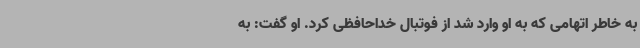
به خاطر اتهامی که به او وارد شد از فوتبال خداحافظی کرد. او گفت: به